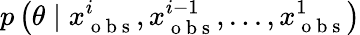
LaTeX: p\left(\theta\mid x_{\mathrm{~o~b~s~}}^{i},x_{\mathrm{~o~b~s~}}^{i-1},...,x_{\mathrm{~o~b~s~}}^{1}\right)